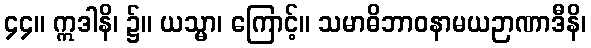
၄၄။ ဣဒါနိ၊ ၌။ ယသ္မာ၊ ကြောင့်။ သမာဓိဘာဝနာမယဉာဏာဒီနိ၊